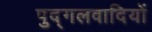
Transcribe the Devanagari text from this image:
पुद्गलवादियों